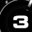
Digit: 3